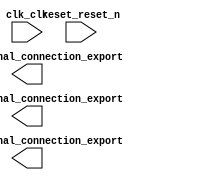

module Exo2_ESN_sys (
	clk_clk,
	pio_0_external_connection_export,
	pio_1_external_connection_export,
	pio_2_external_connection_export,
	reset_reset_n);	

	input		clk_clk;
	output	[3:0]	pio_0_external_connection_export;
	output	[3:0]	pio_1_external_connection_export;
	output	[3:0]	pio_2_external_connection_export;
	input		reset_reset_n;
endmodule